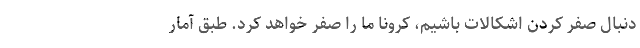
دنبال صفر کردن اشکالات باشیم، کرونا ما را صفر خواهد کرد. طبق آمار